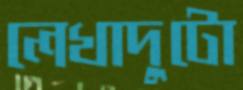
লেখাদুটো